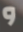
و